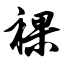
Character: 裸